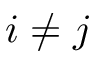
i \neq j